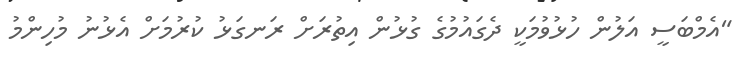
"އެމްބަސީ އަލުން ހުޅުވުމަކީ ދެގައުމުގެ ގުޅުން އިތުރަށް ރަނގަޅު ކުރުމަށް އެޅުނު މުހިންމު